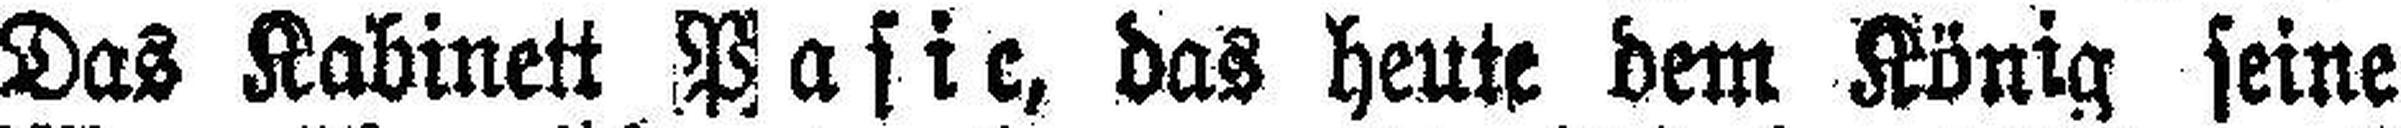
Das Kabinett Pasic, das heute dem König seine